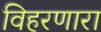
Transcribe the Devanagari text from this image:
विहरणारा